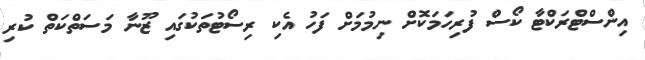
އިންސްޓްރަކްޓާ ކޯސް ފުރިހަމަކޮށް ނިމުމަށް ފަހު އެކި ރިސޯޓުތަކުގައި ޒޫނާ މަސަތްކަތް ކުރި